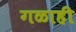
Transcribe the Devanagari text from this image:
गळाही